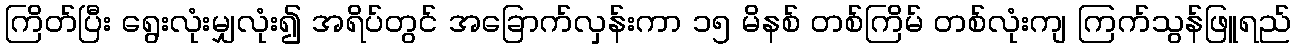
ကြိတ်ပြီး ရွေးလုံးမျှလုံး၍ အရိပ်တွင် အခြောက်လှန်းကာ ၁၅ မိနစ် တစ်ကြိမ် တစ်လုံးကျ ကြက်သွန်ဖြူရည်